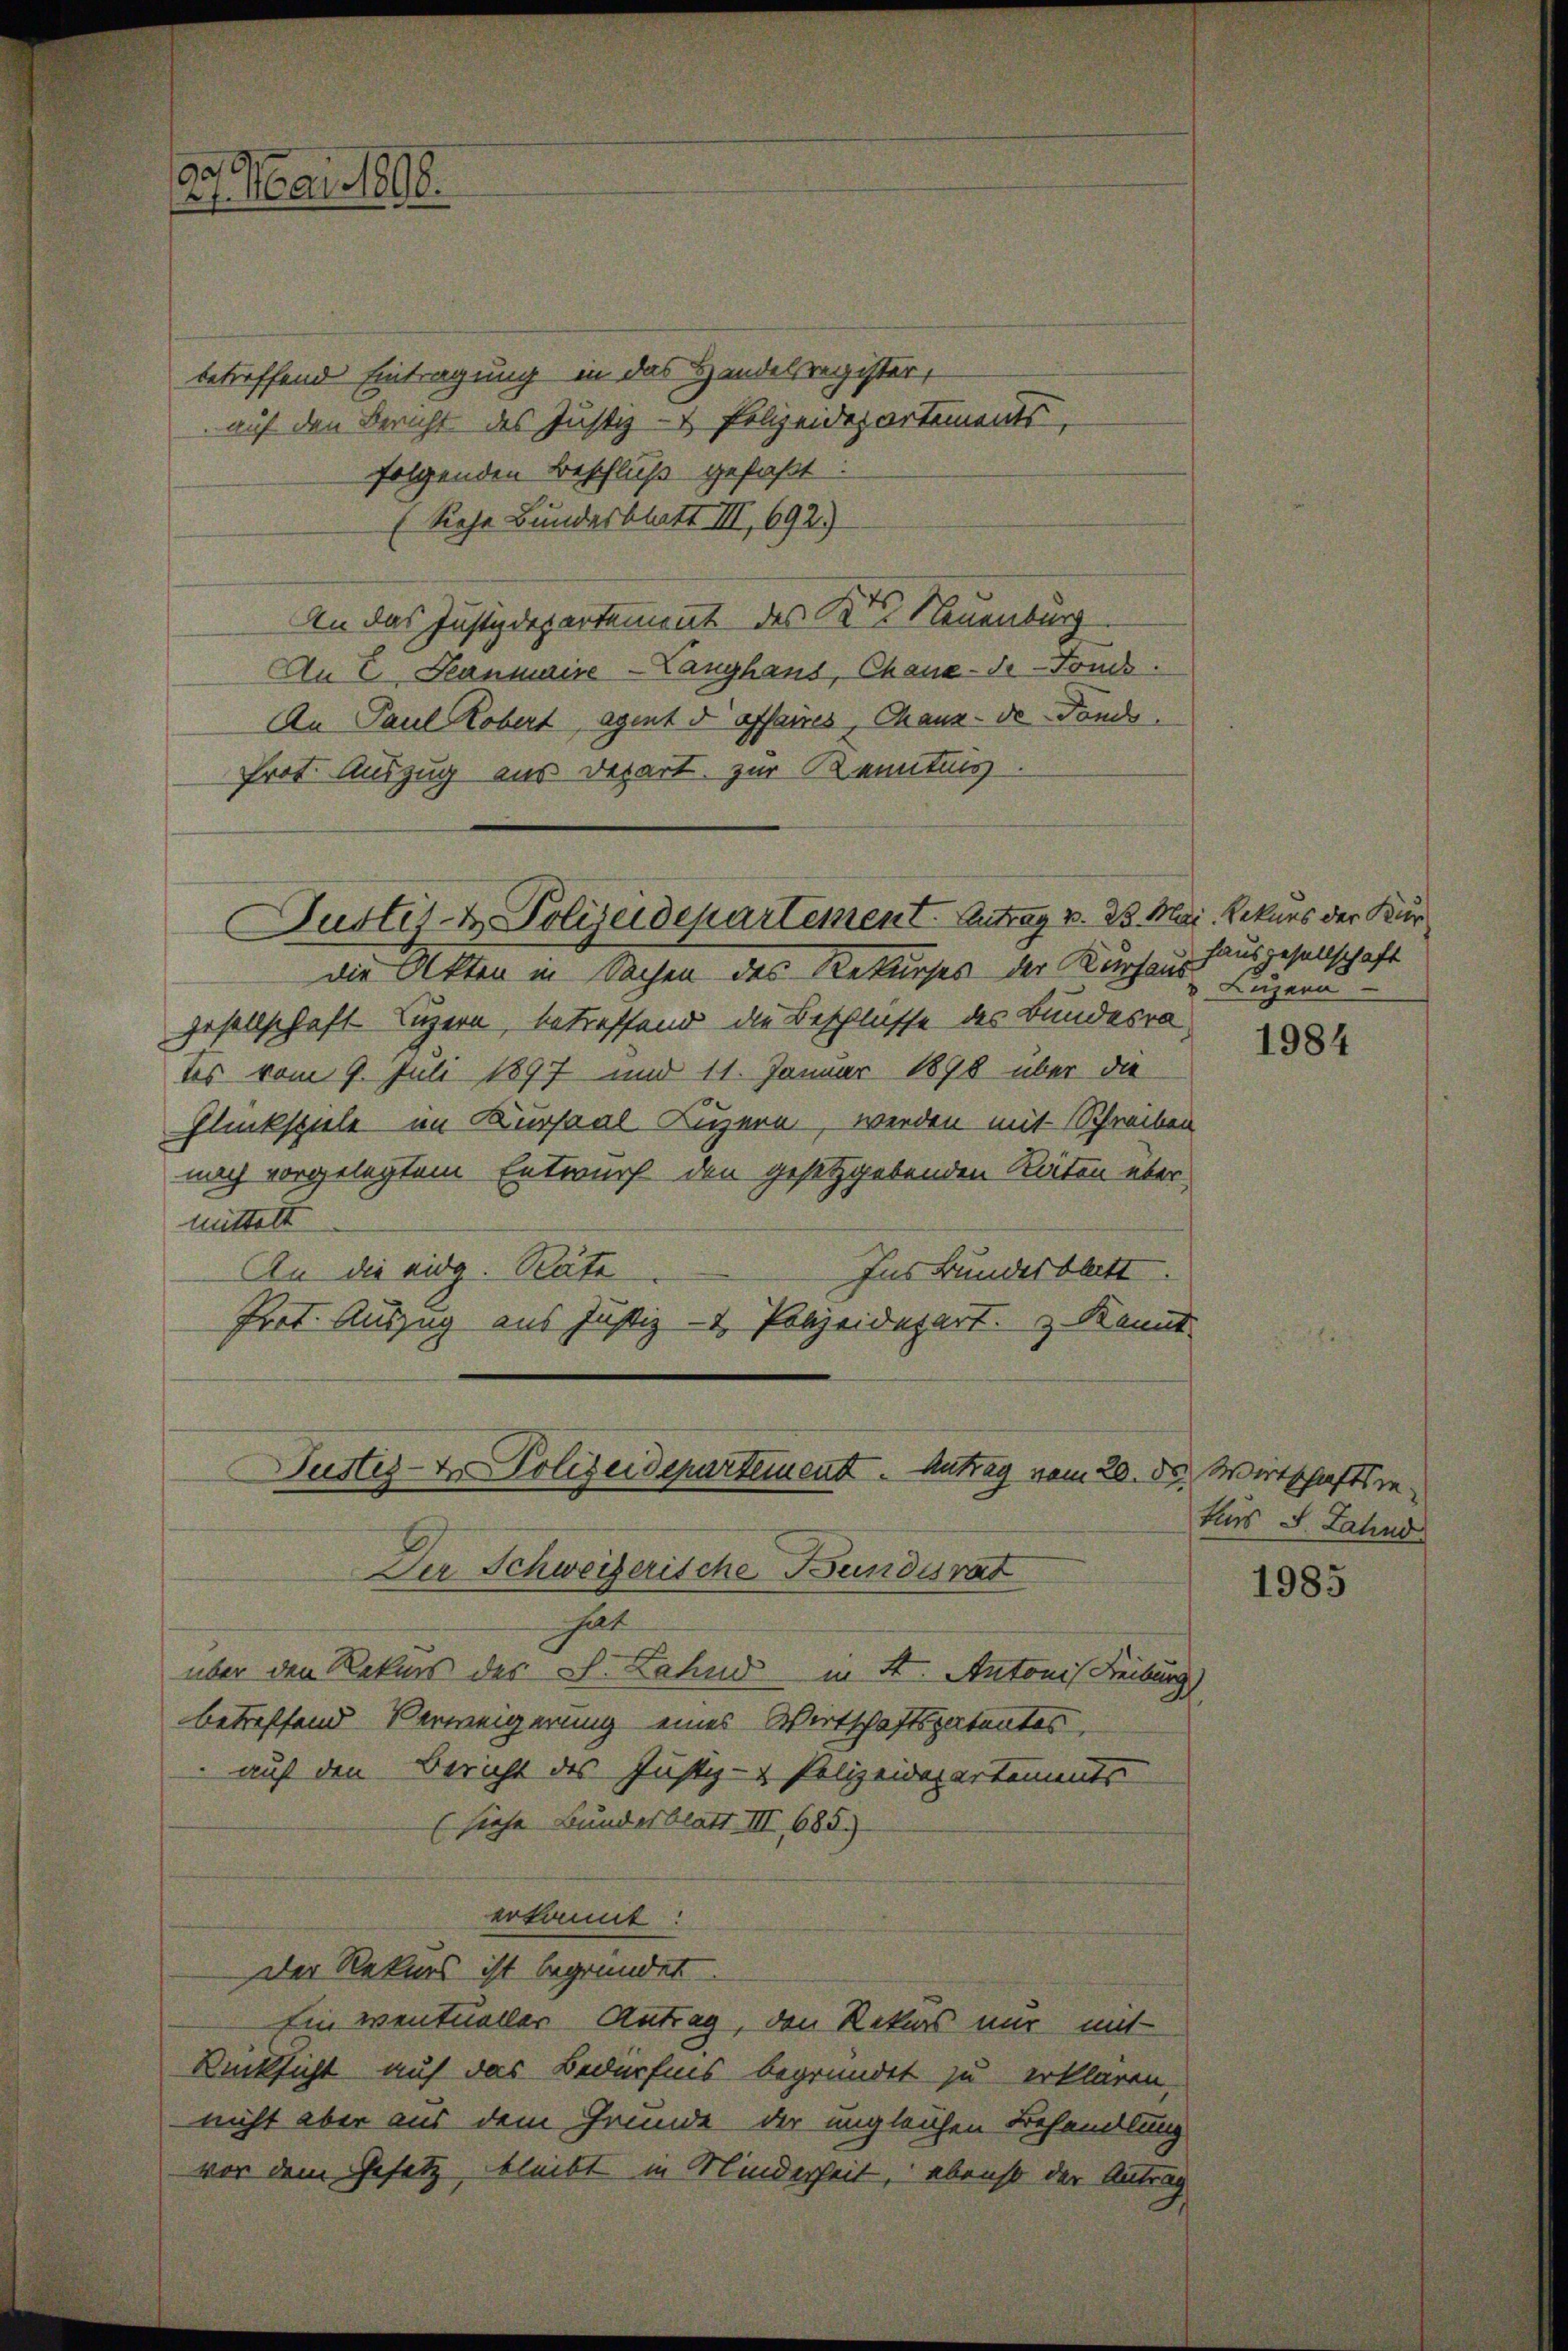
90
27. Mai 1898.

betreffend Eintragung in das Handelsregister,
auf den Bericht des Justiz- & Polizeidepartements
folgenden Beschluß gefaßt:
(Siehe Bundesblatt III, 692)
An das Justizdepartement des Kts Neuenburg
An E Peanmaire-Langhans, Chaux-de-Fonds.
An Paul Kobert, Agent d affaires, Chaux-de-Fonds
Prot. Auszug aus Depart zur Kenntnis

Justiz- & Polizeidepartement Antrag v. 3. Mari. Rekurs der Kür

die Akten in Sachen des Rekurses der Kurhaus Luzern
gesellschaft Luzern, betreffend die Beschlüsse des Bundesra
tes vom 9. Juli 1897 und 11. Januar 1898 über die
Glückspiele im Kursaal Luzern, werden mit Schreiben
nach vorgelegtem Entwurf den gesetzgebenden Räten über
mittelt
An die eidg. Räte
Ins Bundesblatt.
Prot. Auszug aus Justiz- & Polizeidepart. & Kannt

Justiz- & Polizeidepartement. Antrag vom 20. ds. Wirtschaftsre¬
Der Schweizerische Bundesrat

halt
über den Rekurs der L. Land in St. Antonis Freiburg)
betreffend Verweigerung eines Wirtschaftspatentes
auf den Bericht des Justiz- & Polizeidepartements
(siehe Bundesblatt III 685.
erkannt:
Der Rekurs ist begründet.
Ein ventueller Antrag, den Rekurs mir mit-
Rücksicht auf das Bedürfnis begründet zu erklären
nicht aber aus dem Grunde der ungleichen Behandlung
vor dem Gesetz, bleibt in Minderheit, ebenso der Antrag

haus resellschaft

1984

tlus S. Fahnd

1985